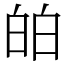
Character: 㿟